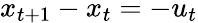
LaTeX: x_{t+1}-x_{t}=-u_{t}